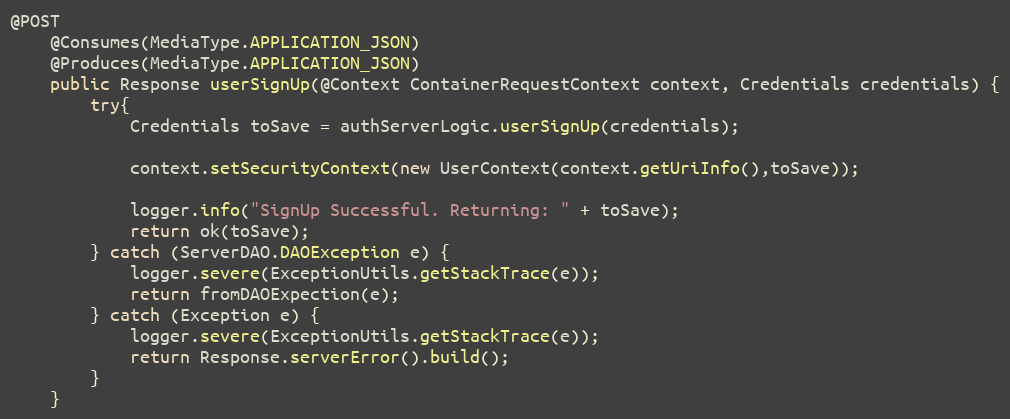
Language: Java
@POST
    @Consumes(MediaType.APPLICATION_JSON)
    @Produces(MediaType.APPLICATION_JSON)
    public Response userSignUp(@Context ContainerRequestContext context, Credentials credentials) {
        try{
            Credentials toSave = authServerLogic.userSignUp(credentials);

            context.setSecurityContext(new UserContext(context.getUriInfo(),toSave));

            logger.info("SignUp Successful. Returning: " + toSave);
            return ok(toSave);
        } catch (ServerDAO.DAOException e) {
            logger.severe(ExceptionUtils.getStackTrace(e));
            return fromDAOExpection(e);
        } catch (Exception e) {
            logger.severe(ExceptionUtils.getStackTrace(e));
            return Response.serverError().build();
        }
    }